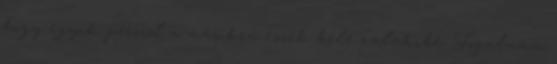
hogy egyik percrõl a másikra essek bele valakibe. Fogalmam